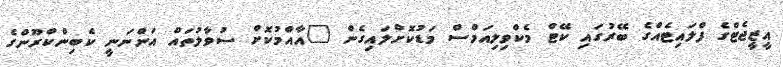
އީޒީޖެޓްގެ ފްލައިޓެއްގެ ބޭރުގައި ކޭޓް މެކްވިލިއަމްސް މަޑުކޮށްލައިގެން "އާއްމުކޮށް ސުވާލުތައް އަންނަނީ ކެބިންކްރޫންގެ